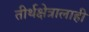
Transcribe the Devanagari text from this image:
तीर्थक्षेत्रालाही